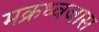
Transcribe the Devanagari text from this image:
मक्रध्वजास